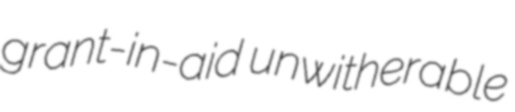
grant-in-aid unwitherable